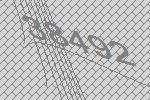
38492